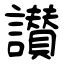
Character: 讃